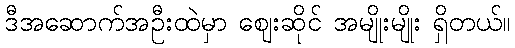
ဒီအဆောက်အဦးထဲမှာ ဈေးဆိုင် အမျိုးမျိုး ရှိတယ်။